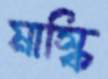
মাস্কি